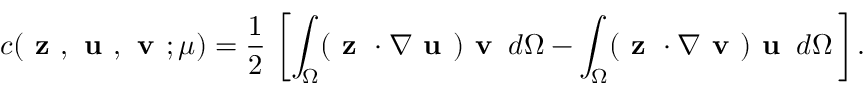
c ( \textbf { z } , \textbf { u } , \textbf { v } ; \mu ) = \frac { 1 } { 2 } \, \left[ \int _ { \Omega } ( \textbf { z } \cdot \nabla \textbf { u } ) \textbf { v } \, d \Omega - \int _ { \Omega } ( \textbf { z } \cdot \nabla \textbf { v } ) \textbf { u } \, d \Omega \, \right] .